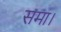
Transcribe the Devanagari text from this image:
समा।